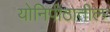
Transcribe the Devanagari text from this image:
योनिपीठातील